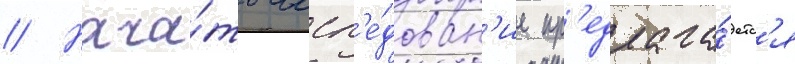
// Нача́ть иссл'е́дован'ие пр'едлага́етс'я